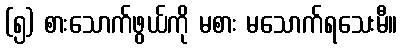
(၅) စားသောက်ဖွယ်ကို မစား မသောက်ရသေးမီ။